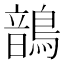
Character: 鶕